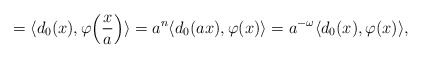
\begin{align*}=\langle d_0(x),\varphi\Bigl(\frac{x}{a}\Bigr)\rangle=a^n\langle d_0(ax),\varphi (x)\rangle=a^{-\omega} \langle d_0(x),\varphi(x)\rangle,\end{align*}